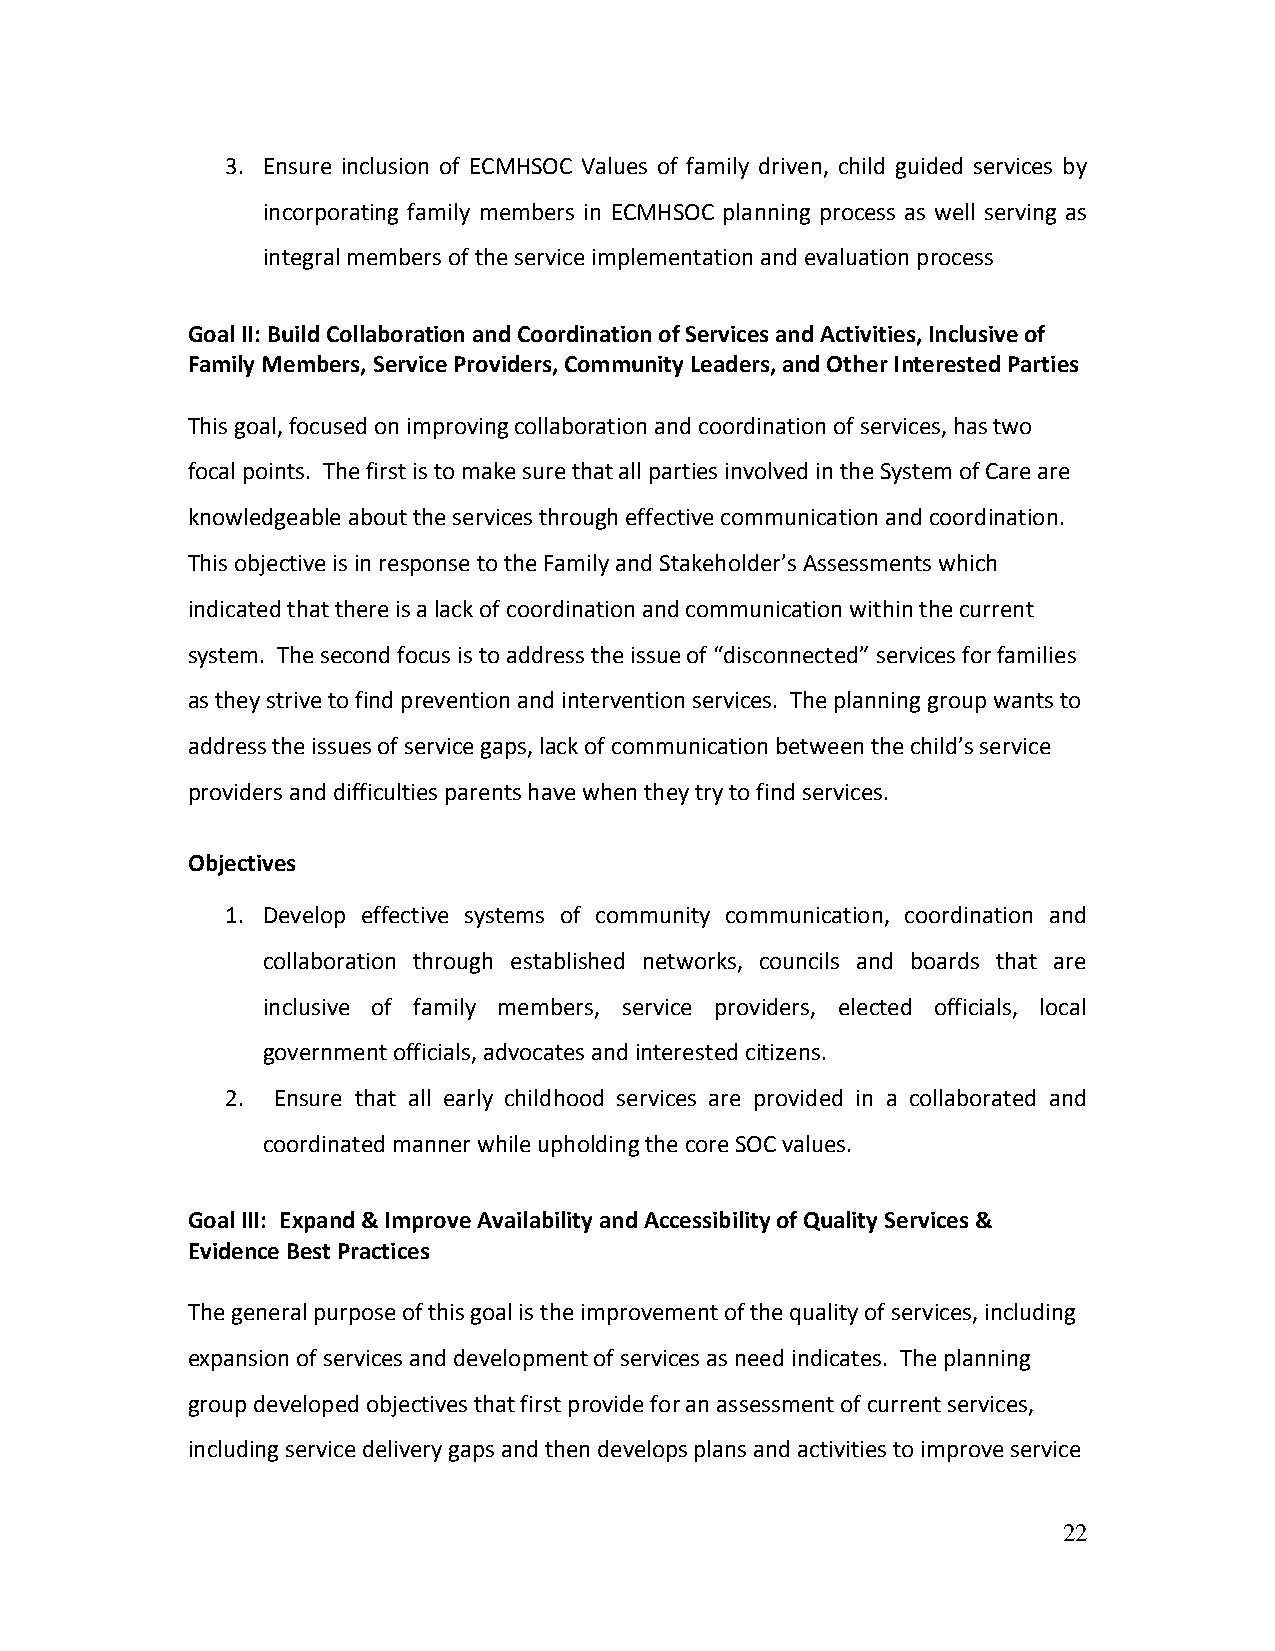
3. Ensure inclusion of ECMHSOC Values of family driven, child guided services by
 incorporating family members in ECMHSOC planning process as well serving as
 integral members of the service implementation and evaluation process
 Goal II: Build Collaboration and Coordination of Services and Activities, Inclusive of
 Family Members, Service Providers, Community Leaders, and Other Interested Parties
 This goal, focused on improving collaboration and coordination of services, has two
 focal points. The first is to make sure that all parties involved in the System of Care are
 knowledgeable about the services through effective communication and coordination.
 This objective is in response to the Family and Stakeholder’s Assessments which
 indicated that there is a lack of coordination and communication within the current
 system. The second focus is to address the issue of “disconnected” services for families
 as they strive to find prevention and intervention services. The planning group wants to
 address the issues of service gaps, lack of communication between the child’s service
 providers and difficulties parents have when they try to find services.
 Objectives
 1. Develop effective systems of community communication, coordination and
 collaboration through established networks, councils and boards that are
 inclusive of family members, service providers, elected officials, local
 government officials, advocates and interested citizens.
 2. Ensure that all early childhood services are provided in a collaborated and
 coordinated manner while upholding the core SOC values.
 Goal III: Expand & Improve Availability and Accessibility of Quality Services &
 Evidence Best Practices
 The general purpose of this goal is the improvement of the quality of services, including
 expansion of services and development of services as need indicates. The planning
 group developed objectives that first provide for an assessment of current services,
 including service delivery gaps and then develops plans and activities to improve service
 22